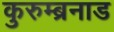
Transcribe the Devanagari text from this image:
कुरुम्ब्रनाड